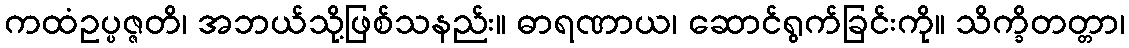
ကထံဥပ္ပဇ္ဇတိ၊ အဘယ်သို့ဖြစ်သနည်း။ ဓာရဏာယ၊ ဆောင်ရွက်ခြင်းကို။ သိက္ခိတတ္တာ၊